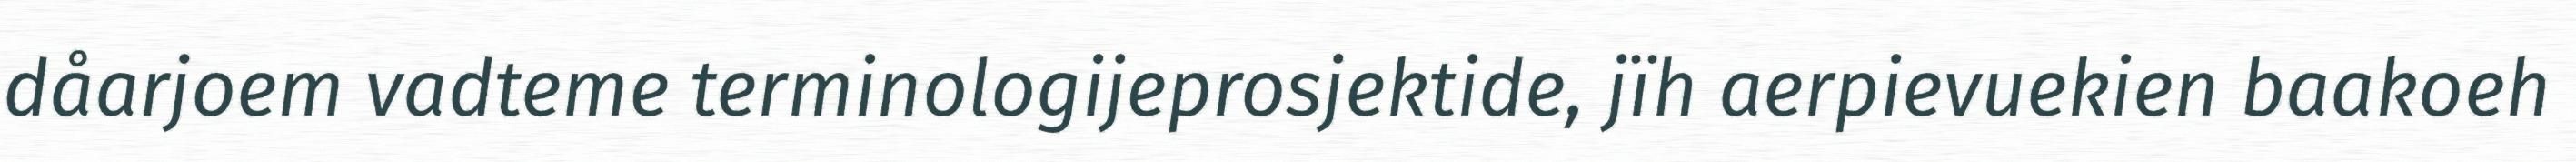
dåarjoem vadteme terminologijeprosjektide, jïh aerpievuekien baakoeh